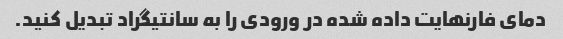
دمای فارنهایت داده شده در ورودی را به سانتیگراد تبدیل کنید.